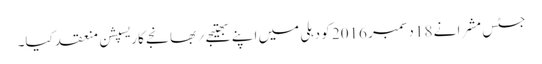
جسٹس مشرا نے 18 دسمبر 2016 کو دہلی میں اپنے بھتیجے ؍ بھانجے کا ریسپشن منعقد کیا۔